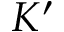
K ^ { \prime }